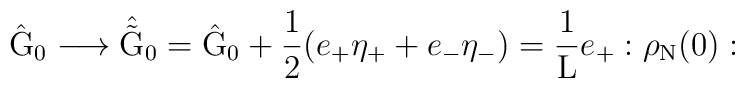
\hat{\rm G}_0 \longrightarrow \hat{\tilde{\rm G}}_0 =\hat{\rm G}_0 + \frac{1}{2} (e_{+} {\eta}_{+} +e_{-} {\eta}_{-}) = \frac{1}{\rm L}e_{+} :\rho_{\rm N}(0):